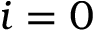
i = 0